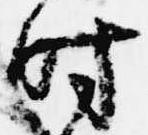
時